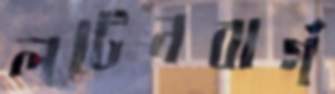
লটেনবার্গ